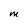
Character: M